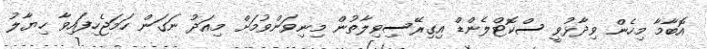
އޮބާމާ މިހެން ވިދާޅުވީ ސްކޮޓްލެންޑް އިގިރޭސިވިލާތުން މިނިވަންވުމަށް މިއަދު ނަގަން ހަމަޖެހިފައިވާ ހިޔާލު